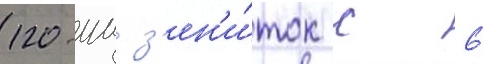
120-мм з'ен'и́ток с 6